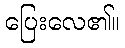
ပြေးလေ၏။